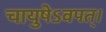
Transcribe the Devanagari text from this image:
चायुषेऽवपत्।